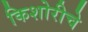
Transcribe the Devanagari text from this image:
किशोरीचे